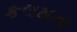
કલમના